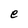
Character: e